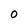
Character: 0